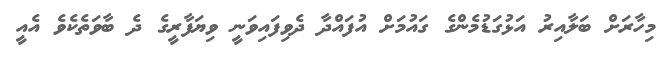
މިހާރަށް ބަލާއިރު އަޅުގަޑުމެންގެ ގައުމަށް އުފައްދާ ދެވިފައިވަނީ ވިޔަފާރީގެ ދެ ބާވަތެކެވެ އެއީ